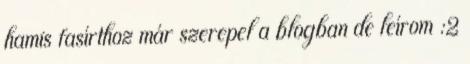
hamis fasírthoz már szerepel a blogban de leírom :2